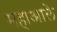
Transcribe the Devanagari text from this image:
महाआले